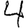
Digit: 4